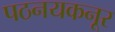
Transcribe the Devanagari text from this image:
पठनयकनूर